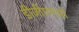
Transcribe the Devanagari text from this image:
डीजीएमओ